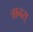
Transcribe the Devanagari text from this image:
त्रानस्